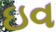
ઇવ